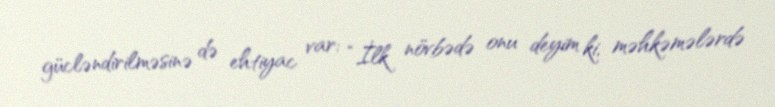
gücləndirilməsinə də ehtiyac var: “İlk növbədə onu deyim ki, məhkəmələrdə